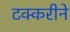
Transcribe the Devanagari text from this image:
टक्करीने